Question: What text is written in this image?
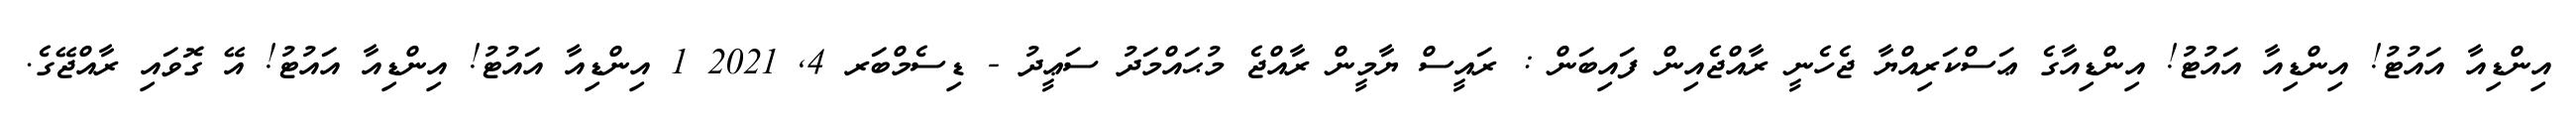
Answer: އިންޑިއާ އައުޓު! އިންޑިއާ އައުޓު! އިންޑިއާގެ ޢަސްކަރިއްޔާ ޖެހެނީ ރާއްޖެއިން ފައިބަން : ރައީސް ޔާމީން ރާއްޖެ މުޙައްމަދު ސަޢީދު - ޑިސެމްބަރ 4, 2021 1 އިންޑިއާ އައުޓު! އިންޑިއާ އައުޓު! އޭ ގޮވައި ރާއްޖޭގެ.